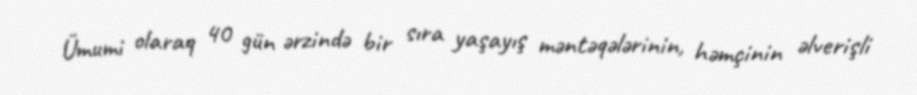
Ümumi olaraq 40 gün ərzində bir sıra yaşayış məntəqələrinin, həmçinin əlverişli